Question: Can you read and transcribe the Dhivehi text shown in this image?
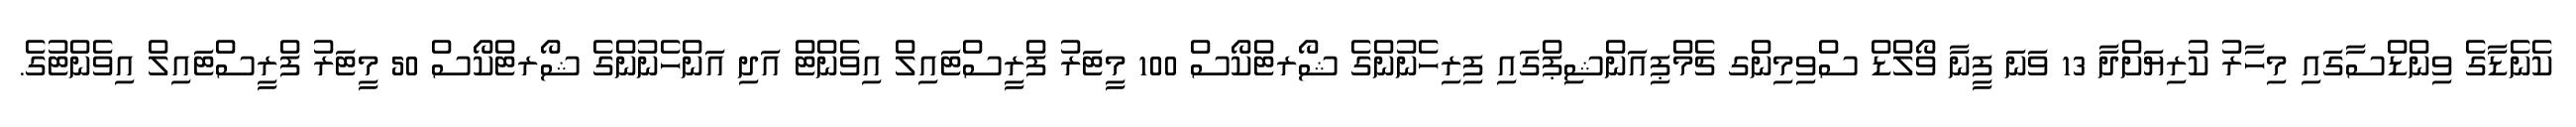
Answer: ކެނެޑާގެ ވިންޑްސާގައި މިހާރު ކުރިޔަށްދާ 13 ވަނަ ފީނާ ވޯލްޑް ސްވިމިންގ ޗެމްޕިއަންޝިޕްގައި ފިރިހެނުންގެ ޝޯރޓްކޯސް 100 މީޓަރު ފްރީސްޓައިލް އިވެންޓް އަދި އަންހެނުންގެ ޝޯރޓްކޯސް 50 މީޓަރު ފްރީސްޓައިލް އިވެންޓުގެ.